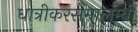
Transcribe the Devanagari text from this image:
धात्रीकरसमालम्बी